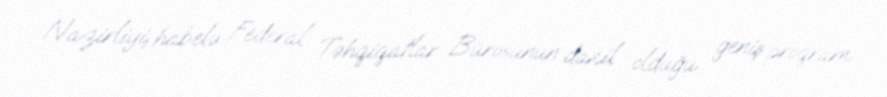
Nazirliyi, habelə Federal Təhqiqatlar Bürosunun daxil olduğu geniş proqram